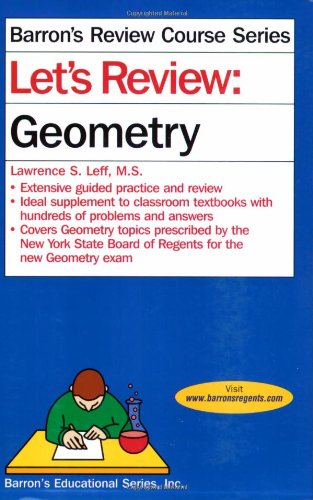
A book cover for Let's Review: Geometry (Let's Review Series); Lawrence S. Leff M.S.; Test Preparation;